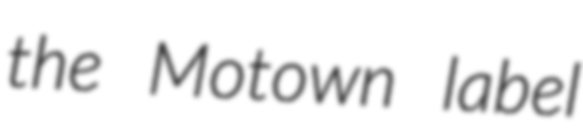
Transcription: the Motown label